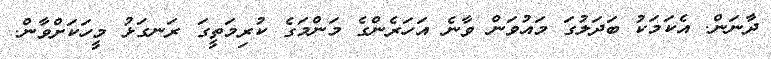
ދާނަން. އެކަމަކު ބަދަލުގަ މައުވަން ވާނެ އަހަރެންގެ މަންމަގެ ކުރިމަތީގަ ރަނގަޅު މީހަކަށްވާން.